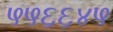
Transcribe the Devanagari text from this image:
५५६६४५